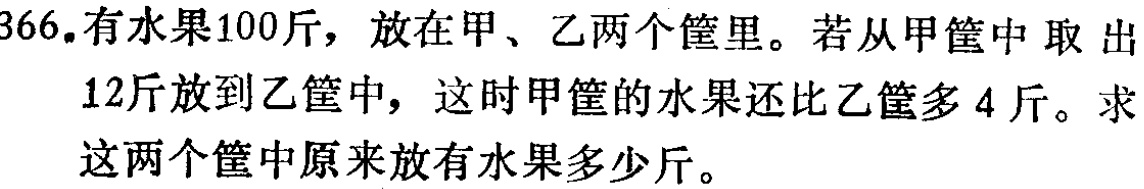
366.有水果100斤，放在甲、乙两个筐里。若从甲筐中取出12斤放到乙筐中，这时甲筐的水果还比乙筐多4斤。求这两个筐中原来放有水果多少斤。